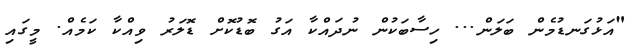
"އަޅުގަނޑުމެން ބަލަން... ހިސާބަކުން ނުދައްކާ އަގު ބޮޑުކޮށް ޑޮލަރު ވިއްކާ ކަމެއް. މީގައި